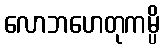
လောဘဟေတုကမ္ပိ